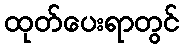
ထုတ်ပေးရာတွင်